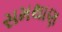
સમથાણ